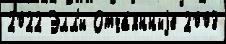
2022 Элл'и Отча́янныjе 2003